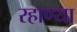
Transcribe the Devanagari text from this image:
रहाण्या